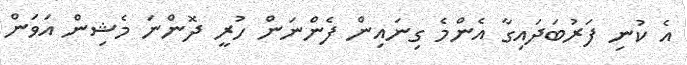
އެ ކުނި ފަރުބަދައިގާ އެންމެ ގިނައިން ފެންނަން ހުރީ ދޮންނަ މެޝިން އަވަން